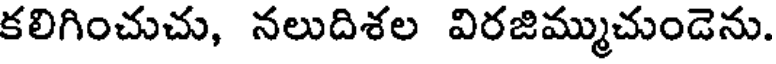
కలిగించుచు, నలుదిశల విరజిమ్ముచుండెను.